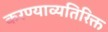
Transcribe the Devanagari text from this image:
करण्याव्यतिरिक्त